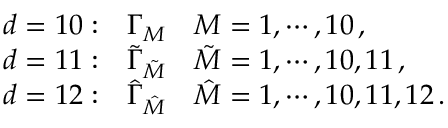
\begin{array} { l l l } { { d = 1 0 : } } & { { \Gamma _ { M } } } & { { M = 1 , \cdots , 1 0 \, , } } \\ { { d = 1 1 : } } & { { { \tilde { \Gamma } } _ { \tilde { M } } } } & { { { \tilde { M } } = 1 , \cdots , 1 0 , 1 1 \, , } } \\ { { d = 1 2 : } } & { { { \hat { \Gamma } } _ { \hat { M } } } } & { { { \hat { M } } = 1 , \cdots , 1 0 , 1 1 , 1 2 \, . } } \end{array}